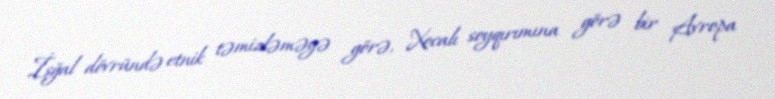
İşğal dövründə etnik təmizləməyə görə, Xocalı soyqırımına görə bir Avropa